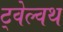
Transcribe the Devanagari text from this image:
ट्वेल्वथ